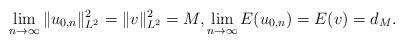
LaTeX: \begin{align*}\lim_{n\rightarrow \infty} \|u_{0,n}\|^2_{L^2} = \|v\|_{L^2}^2 = M, \lim_{n\rightarrow \infty} E(u_{0,n}) = E(v) = d_M.\end{align*}